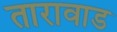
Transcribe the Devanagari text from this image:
तारावाड